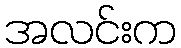
အလင်းက